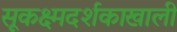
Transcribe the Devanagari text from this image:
सूकक्ष्मदर्शकाखाली